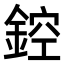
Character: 𨨀